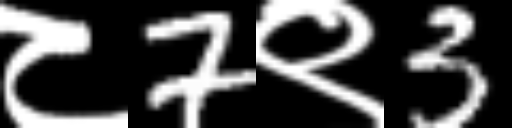
Text: ८7९3